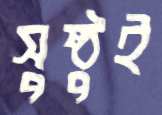
সুষ্ঠুই